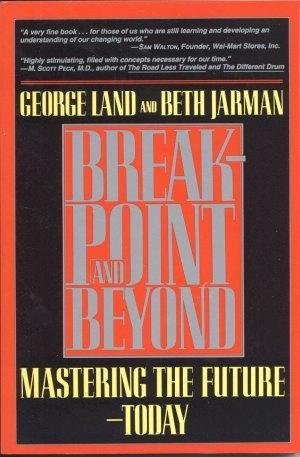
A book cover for Breakpoint and Beyond: Mastering the Future Today; George Land; Health, Fitness & Dieting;